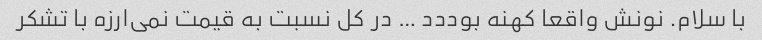
با سلام. نونش واقعا کهنه بوددد … در کل نسبت به قیمت نمی‌ارزه با تشکر